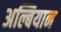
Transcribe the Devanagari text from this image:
अल्बियान